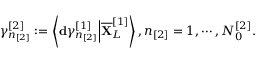
\gamma _ { n _ { [ 2 ] } } ^ { [ 2 ] } : = \left\langle \mathbf { d } \gamma _ { n _ { [ 2 ] } } ^ { [ 1 ] } \Big \vert \overline { { \mathbf { X } } } _ { L } ^ { [ 1 ] } \right\rangle , n _ { [ 2 ] } = 1 , \cdots , N _ { 0 } ^ { [ 2 ] } .